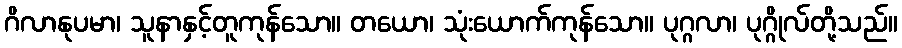
ဂိလာနုပမာ၊ သူနာနှင့်တူကုန်သော။ တယော၊ သုံးယောက်ကုန်သော။ ပုဂ္ဂလာ၊ ပုဂ္ဂိုလ်တို့သည်။